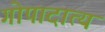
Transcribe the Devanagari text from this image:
गोपादात्य